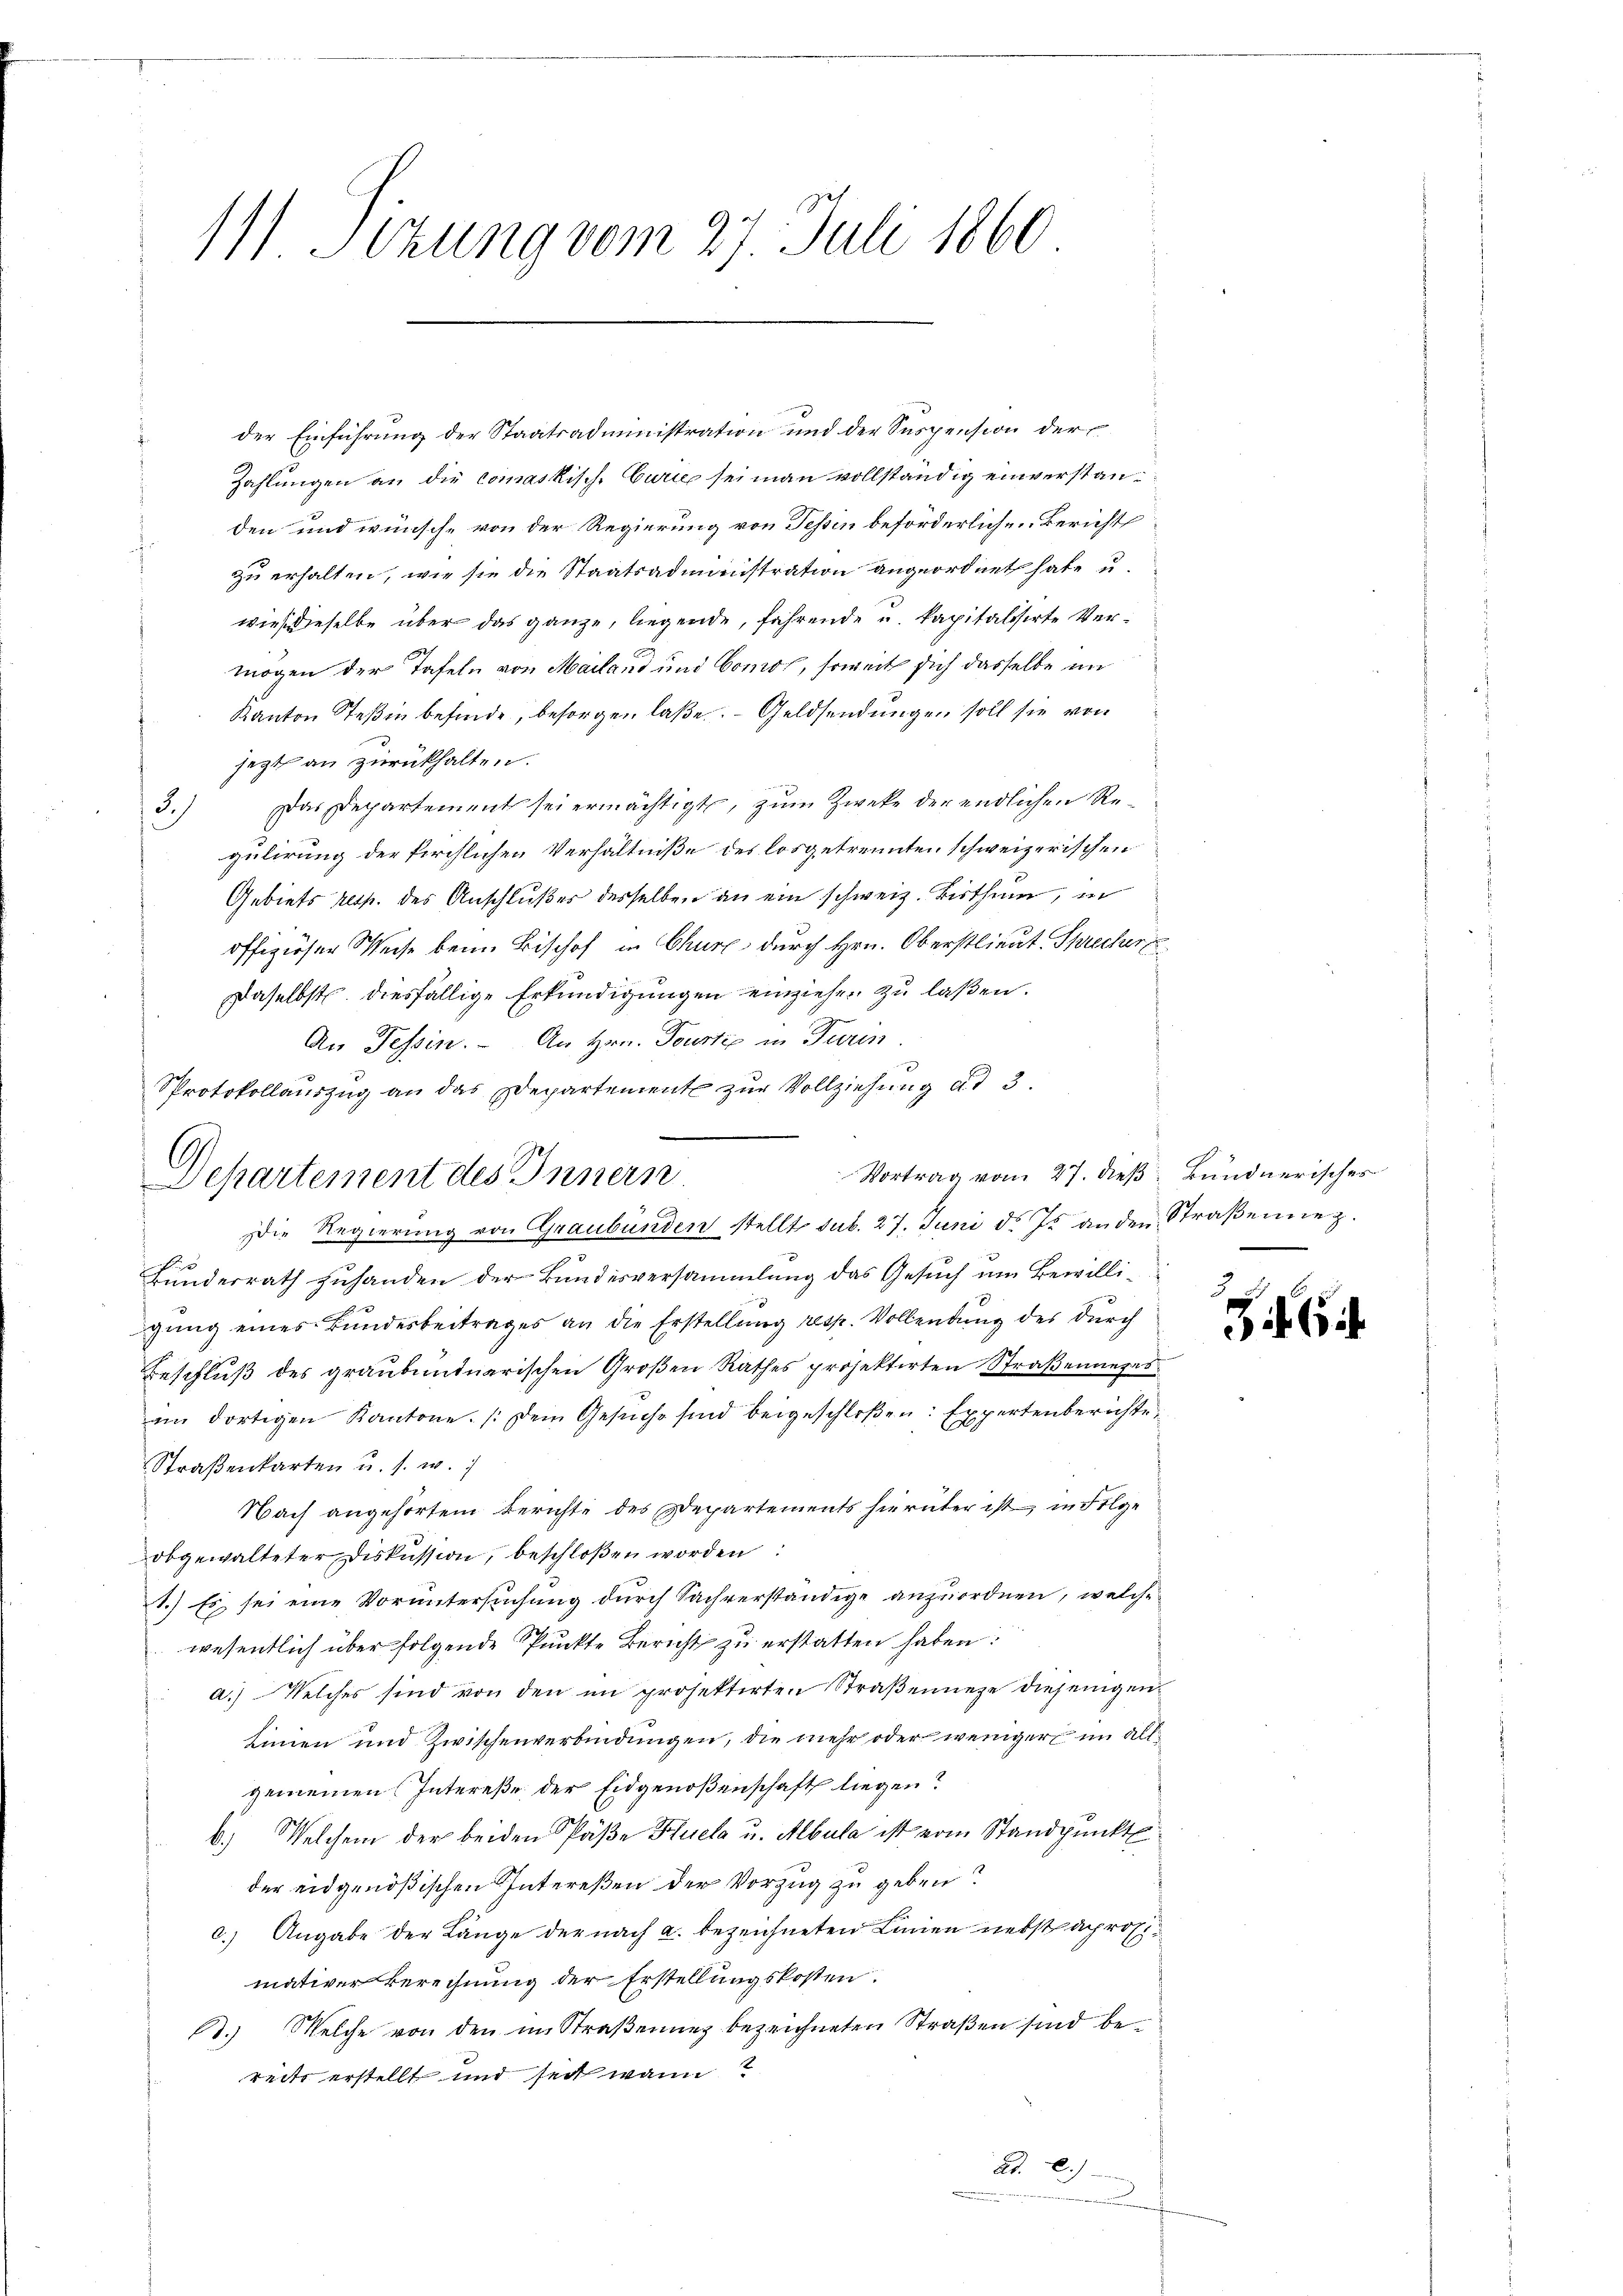
z
111. Sekung vom 27. Juli 1860

der Einführung der Staatsadministration und der Suspension der
Zahlungen an die comaskisch-Curie sei man vollständig einverstanden und wünsche von der Regierung von Tessin beförderlichen Bericht
zu erhalten, wie sie die Staatsadministration angeordnet habe u.
wieß dieselbe über das ganze, liegende, führende u. kapitalisirte Vermögen der Tafeln von Mailand und Comos, soweit sich dasselbe im
Kanton Teßin befinde, besorgen laße. – Geldsendungen soll sie von
jezt an zurückhalten.
3.) Das Departement sei ermächtigt, zum Zwecke der endlichen Regulirung der kirchlichen Verhältniße des losgetrennten schweizerischen
Gebiets resp. des Anschlußes desselben an ein schweiz. Bisthum, in
offiziöser Weise beim Bischof in Chur durch Hrn. Oberstlieut. Sprecher
Daselbst diesfällige Erkundigungen einziehen zu laßen.
An Tessin. - An Hrn. Tourtie in Paren
Protokollauszug an das Departement zur Vollziehung ad 3.
Vortrag vom 27. dieß Bündnerisches
Bunderrath zuhanden der Bundesversammlung das Gesuch um Bewilligung eines Bundesbeitrages an die Erstellung resp. Vollendung des durch
Beschluß des graubündnerischen Großen Rathes projektirten Straßenueges
am dortigen Kantone. (dem Gesuche sind beigeschloßen: Expertenberichte
Straßenkarten u. s. w.
Nach angehörtem Berichte des Departements hierüber ist, in Folge
obgewalteter Diskussion, beschloßen worden:
1.) Es sei eine Voruntersuchung durch Sachverständige anzuordnen, welche
wesentlich über folgende Punkte Bericht zu erstatten haben:
a.) Welches sind von den im projektirten Straßennege diejenigen¬
Linien und Zwischenverbindungen, die mehr oder weniger im allgemeinen Intereße der Eidgenoßenschaft liegen?
b.) Welchem der beiden Päße Huela u. Albula ist vom Standpunkt
der eidgenößischen Intereßen der Vorzug zu geben?
c.) Angabe der Länge der nach a. bezeichneten Linien nebstacrosimativer Berechnung der Erstellungskosten.
6.) Welche von den in Straßenung bezeichneten Straßen sind bereits erstellt und seit wann 2
ad. 2.)

6
Separtement des Innern
Die Regierung von Graubünden stellt sub. 27. Juni d. Js. anden Straβennez.

6